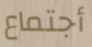
أجتماع